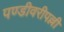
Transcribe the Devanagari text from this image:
पण्डीवरीपल्ली